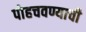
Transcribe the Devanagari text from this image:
पोहचवण्याची